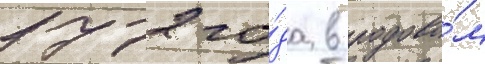
1772 го́да в родово́м